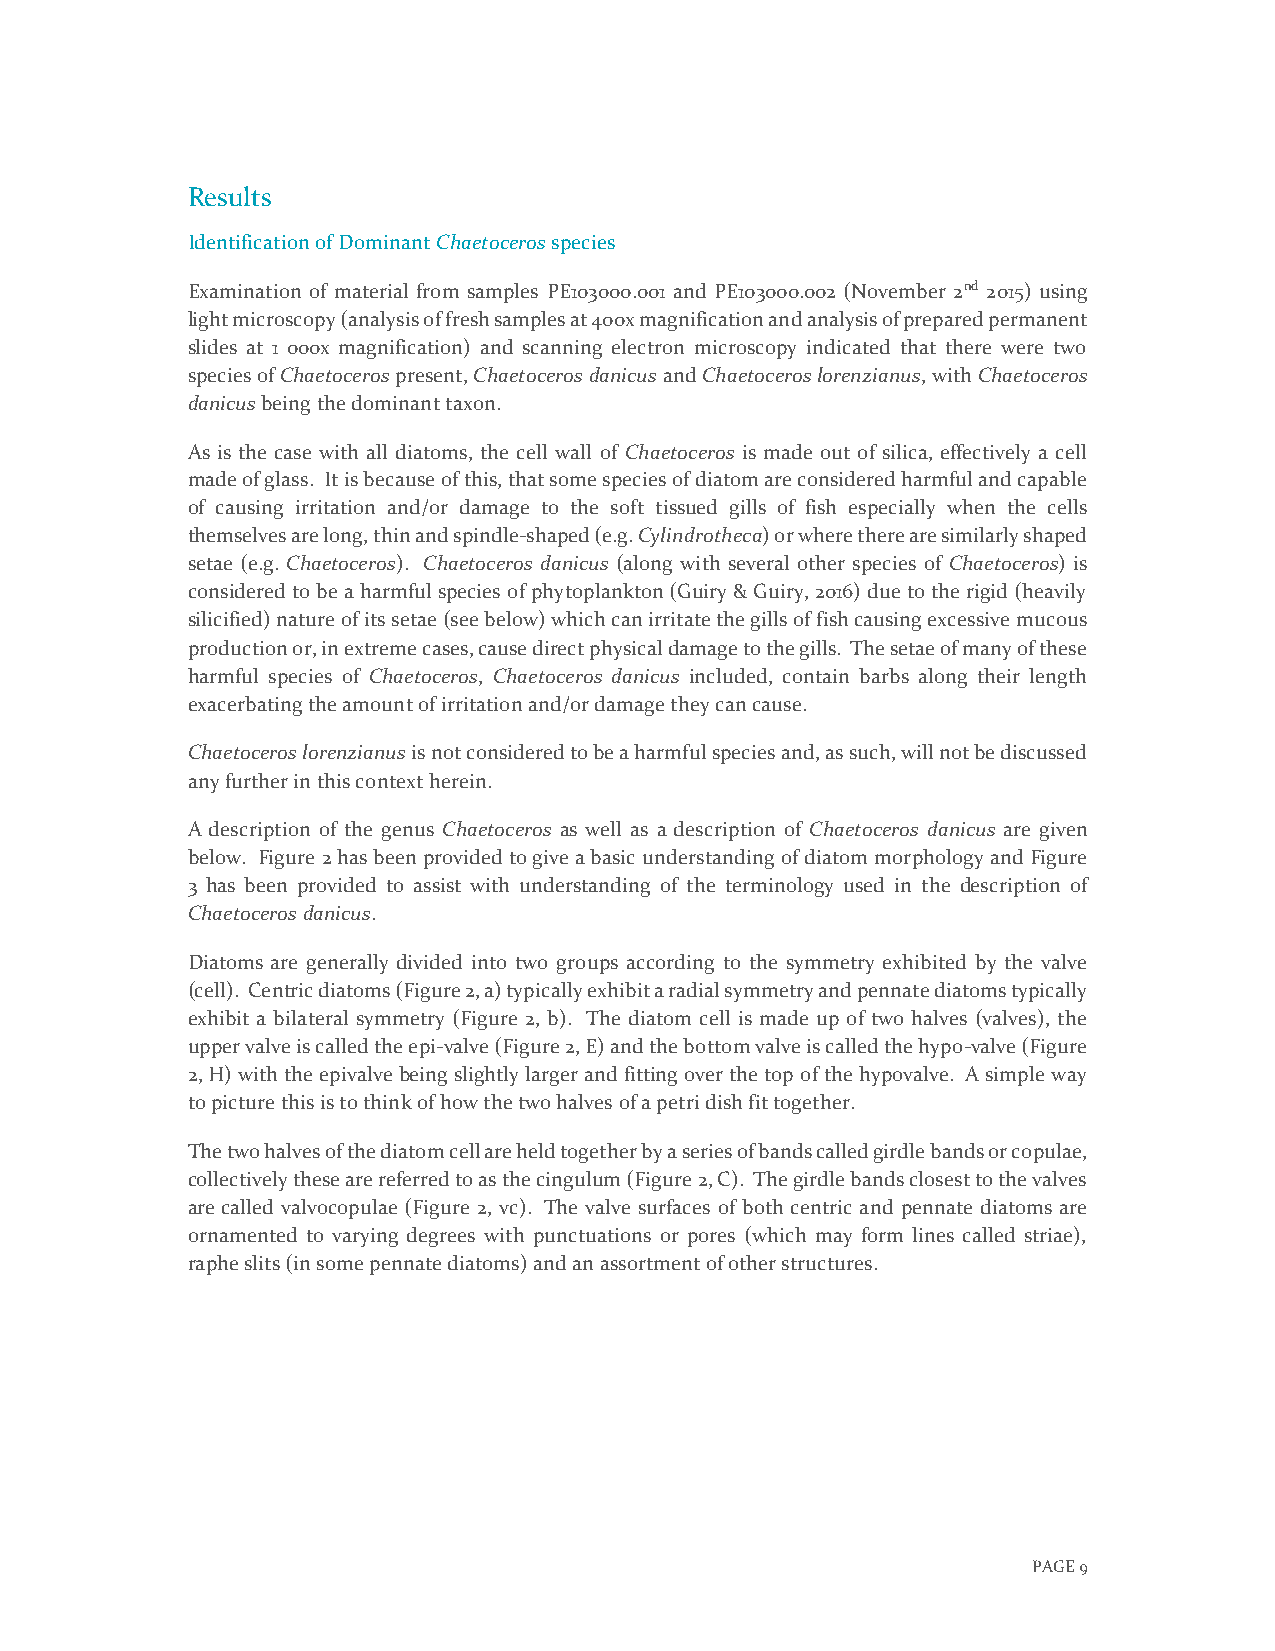
Results
 Identification of Dominant Chaetoceros species
 Examination of material from samples PE103000.001 and PE103000.002 (November 2nd 2015) using
 light microscopy (analysis of fresh samples at 400x magnification and analysis of prepared permanent
 slides at 1 000x magnification) and scanning electron microscopy indicated that there were two
 species of Chaetoceros present, Chaetoceros danicus and Chaetoceros lorenzianus, with Chaetoceros
 danicus being the dominant taxon.
 As is the case with all diatoms, the cell wall of Chaetoceros is made out of silica, effectively a cell
 made of glass. It is because of this, that some species of diatom are considered harmful and capable
 of causing irritation and/or damage to the soft tissued gills of fish especially when the cells
 themselves are long, thin and spindle-shaped (e.g. Cylindrotheca) or where there are similarly shaped
 setae (e.g. Chaetoceros). Chaetoceros danicus (along with several other species of Chaetoceros) is
 considered to be a harmful species of phytoplankton (Guiry & Guiry, 2016) due to the rigid (heavily
 silicified) nature of its setae (see below) which can irritate the gills of fish causing excessive mucous
 production or, in extreme cases, cause direct physical damage to the gills. The setae of many of these
 harmful species of Chaetoceros, Chaetoceros danicus included, contain barbs along their length
 exacerbating the amount of irritation and/or damage they can cause.
 Chaetoceros lorenzianus is not considered to be a harmful species and, as such, will not be discussed
 any further in this context herein.
 A description of the genus Chaetoceros as well as a description of Chaetoceros danicus are given
 below. Figure 2 has been provided to give a basic understanding of diatom morphology and Figure
 3 has been provided to assist with understanding of the terminology used in the description of
 Chaetoceros danicus.
 Diatoms are generally divided into two groups according to the symmetry exhibited by the valve
 (cell). Centric diatoms (Figure 2, a) typically exhibit a radial symmetry and pennate diatoms typically
 exhibit a bilateral symmetry (Figure 2, b). The diatom cell is made up of two halves (valves), the
 upper valve is called the epi-valve (Figure 2, E) and the bottom valve is called the hypo-valve (Figure
 2, H) with the epivalve being slightly larger and fitting over the top of the hypovalve. A simple way
 to picture this is to think of how the two halves of a petri dish fit together.
 The two halves of the diatom cell are held together by a series of bands called girdle bands or copulae,
 collectively these are referred to as the cingulum (Figure 2, C). The girdle bands closest to the valves
 are called valvocopulae (Figure 2, vc). The valve surfaces of both centric and pennate diatoms are
 ornamented to varying degrees with punctuations or pores (which may form lines called striae),
 raphe slits (in some pennate diatoms) and an assortment of other structures.
 PAGE 9